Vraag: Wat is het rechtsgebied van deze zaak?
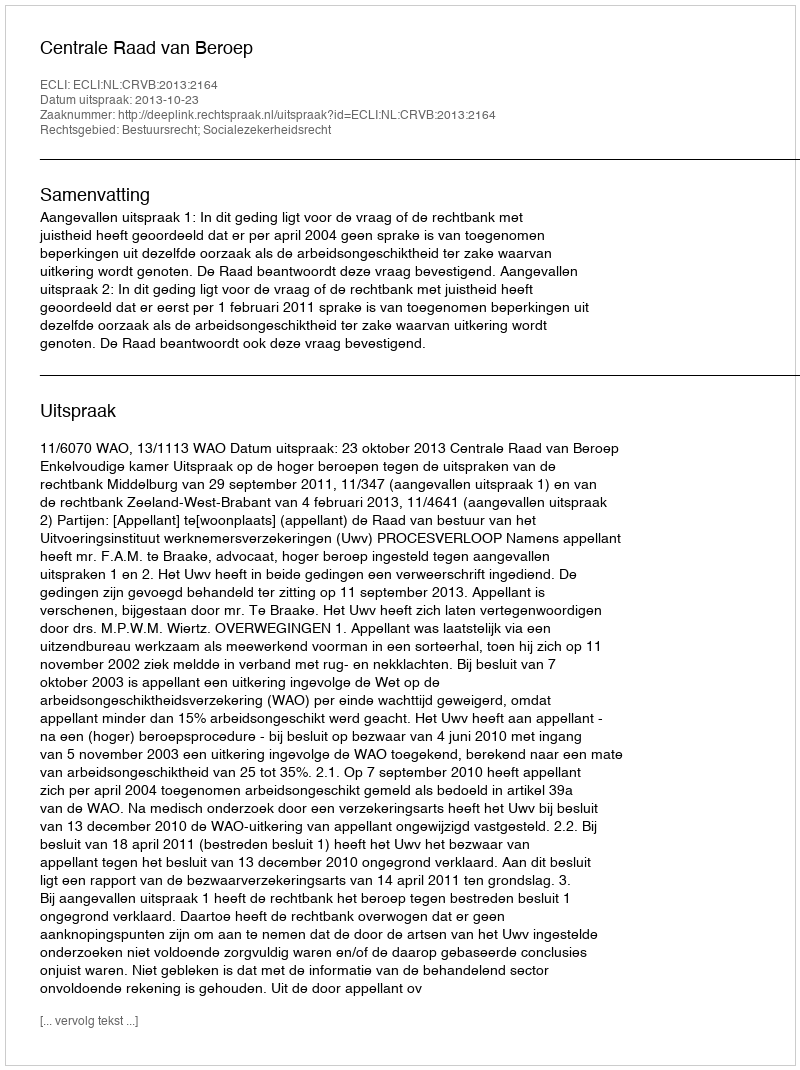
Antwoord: Bestuursrecht; Socialezekerheidsrecht